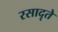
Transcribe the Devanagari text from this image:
रसादृते